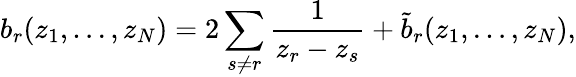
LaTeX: b_{r}(z_{1},\ldots,z_{N})=2\sum_{s\ne r}\frac{1}{z_{r}-z_{s}}+\tilde{b}_{r}(z_{1},\ldots,z_{N}),